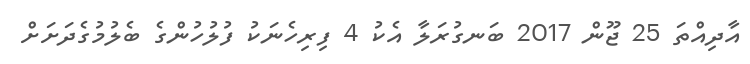
އާދިއްތަ 25 ޖޫން 2017 ބަނގުރަލާ އެކު 4 ފިރިހެނަކު ފުލުހުންގެ ބެލުމުގެދަށަށް